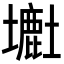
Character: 𡒲